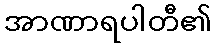
အာဏာရပါတီ၏